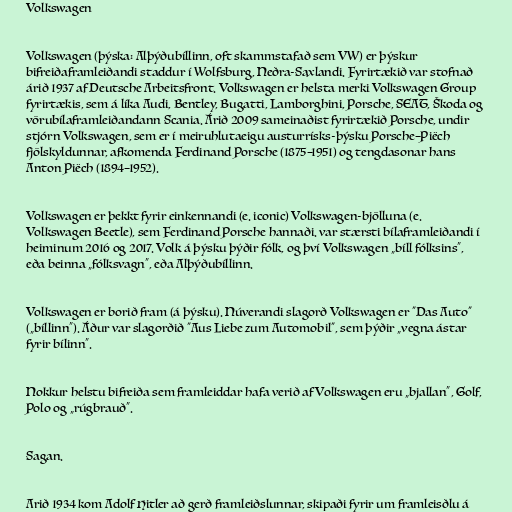
Volkswagen

Volkswagen (þýska: Alþýðubíllinn, oft skammstafað sem VW) er þýskur
bifreiðaframleiðandi staddur í Wolfsburg, Neðra-Saxlandi. Fyrirtækið var stofnað
árið 1937 af Deutsche Arbeitsfront. Volkswagen er helsta merki Volkswagen Group
fyrirtækis, sem á líka Audi, Bentley, Bugatti, Lamborghini, Porsche, SEAT, Škoda og
vörubílaframleiðandann Scania. Árið 2009 sameinaðist fyrirtækið Porsche, undir
stjórn Volkswagen, sem er í meiruhlutaeigu austurrísks-þýsku Porsche–Piëch
fjölskyldunnar, afkomenda Ferdinand Porsche (1875–1951) og tengdasonar hans
Anton Piëch (1894–1952).

Volkswagen er þekkt fyrir einkennandi (e. iconic) Volkswagen-bjölluna (e.
Volkswagen Beetle), sem Ferdinand Porsche hannaði. var stærsti bílaframleiðandi í
heiminum 2016 og 2017. Volk á þýsku þýðir fólk, og því Volkswagen „bíll fólksins“,
eða beinna „fólksvagn“, eða Alþýðubíllinn.

Volkswagen er borið fram (á þýsku). Núverandi slagorð Volkswagen er "Das Auto"
(„bíllinn“). Áður var slagorðið "Aus Liebe zum Automobil", sem þýðir „vegna ástar
fyrir bílinn“.

Nokkur helstu bifreiða sem framleiddar hafa verið af Volkswagen eru „bjallan“, Golf,
Polo og „rúgbrauð“.

Sagan.

Arið 1934 kom Adolf Hitler að gerð framleiðslunnar, skipaði fyrir um framleisðlu á